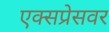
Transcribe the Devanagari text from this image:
एक्सप्रेसवर